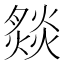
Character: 𤎢